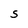
Character: S